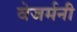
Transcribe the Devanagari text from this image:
वेजर्मनी